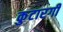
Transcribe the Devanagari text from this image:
कुटारगी